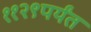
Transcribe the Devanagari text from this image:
११२९पर्यंत